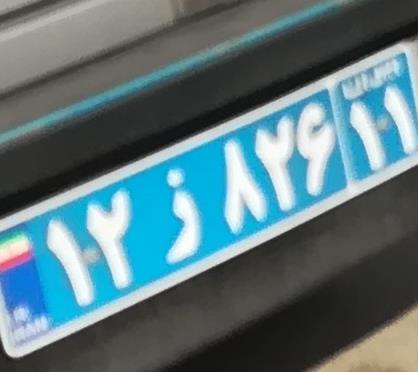
۱۲ز۸۲۶۱۱